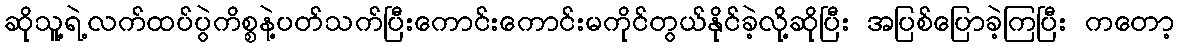
ဆိုသူ့ရဲ့လက်ထပ်ပွဲကိစ္စနဲ့ပတ်သက်ပြီးကောင်းကောင်းမကိုင်တွယ်နိုင်ခဲ့လို့ဆိုပြီး အပြစ်ပြောခဲ့ကြပြီး ကတော့